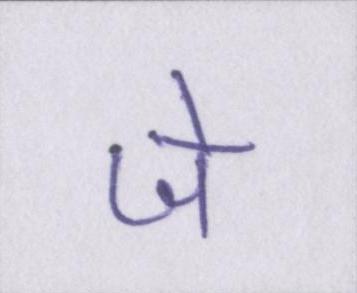
जे